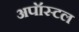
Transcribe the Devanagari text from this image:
अपॉस्टल